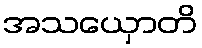
အသယှောတိ